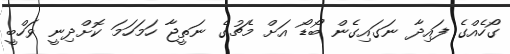
ގޯހެއްގެ ފައިދާ ނަަގައިގެން ބޯޑޯ އަށް މެޗުގެ ނަތީޖާ ހަމަހަމަ ކޮށްދިނީ ވަހްބީ